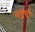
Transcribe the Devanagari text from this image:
बद्रची